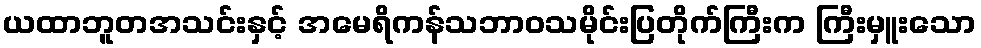
ယထာဘူတအသင်းနှင့် အမေရိကန်သဘာဝသမိုင်းပြတိုက်ကြီးက ကြီးမှူးသော